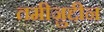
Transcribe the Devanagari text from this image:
तमीज़ुद्दीन